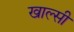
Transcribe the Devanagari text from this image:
खाल्सी